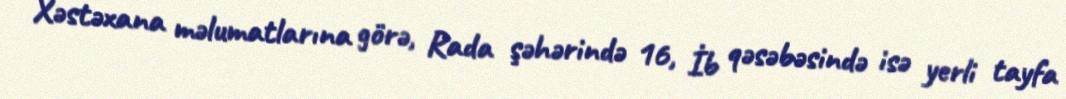
Xəstəxana məlumatlarına görə, Rada şəhərində 16, İb qəsəbəsində isə yerli tayfa